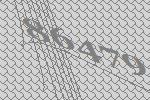
86479